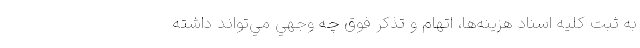
به ثبت كليه اسناد هزينه‌ها، اتهام و تذكر فوق چه وجهي مي‌تواند داشته